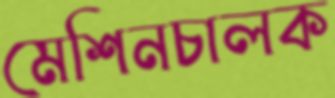
মেশিনচালক